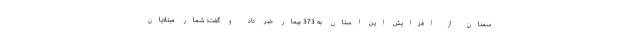
سمنان از افزایش این استان به 373 بیمار خبر داد و گفت: شمار مبتلایان